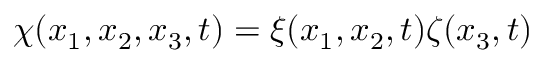
\chi ( x _ { 1 } , x _ { 2 } , x _ { 3 } , t ) = \xi ( x _ { 1 } , x _ { 2 } , t ) \zeta ( x _ { 3 } , t )